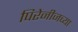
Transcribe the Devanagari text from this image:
पिरेनीजच्या